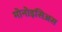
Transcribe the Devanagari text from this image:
मोनोइसिअस